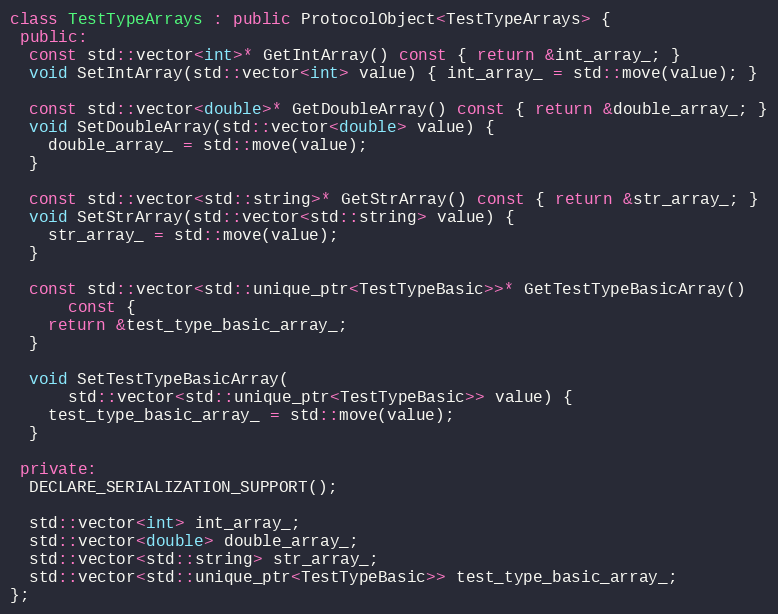
Language: C++
class TestTypeArrays : public ProtocolObject<TestTypeArrays> {
 public:
  const std::vector<int>* GetIntArray() const { return &int_array_; }
  void SetIntArray(std::vector<int> value) { int_array_ = std::move(value); }

  const std::vector<double>* GetDoubleArray() const { return &double_array_; }
  void SetDoubleArray(std::vector<double> value) {
    double_array_ = std::move(value);
  }

  const std::vector<std::string>* GetStrArray() const { return &str_array_; }
  void SetStrArray(std::vector<std::string> value) {
    str_array_ = std::move(value);
  }

  const std::vector<std::unique_ptr<TestTypeBasic>>* GetTestTypeBasicArray()
      const {
    return &test_type_basic_array_;
  }

  void SetTestTypeBasicArray(
      std::vector<std::unique_ptr<TestTypeBasic>> value) {
    test_type_basic_array_ = std::move(value);
  }

 private:
  DECLARE_SERIALIZATION_SUPPORT();

  std::vector<int> int_array_;
  std::vector<double> double_array_;
  std::vector<std::string> str_array_;
  std::vector<std::unique_ptr<TestTypeBasic>> test_type_basic_array_;
};